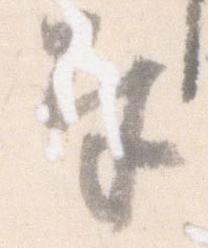
奉